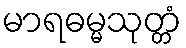
မာရဓမ္မသုတ္တံ